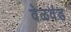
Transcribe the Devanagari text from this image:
वेळवंड